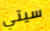
سيتي